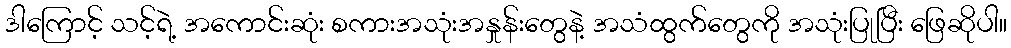
ဒါကြောင့် သင့်ရဲ့ အကောင်းဆုံး စကားအသုံးအနှုန်းတွေနဲ့ အသံထွက်တွေကို အသုံးပြုပြီး ဖြေဆိုပါ။